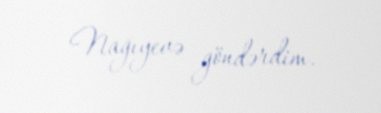
Nağıyevə göndərdim.